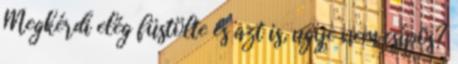
Megkérdi elég füstölte és azt is, ugye nem csípõs?